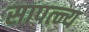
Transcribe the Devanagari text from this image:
सापत्न्य